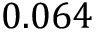
0 . 0 6 4